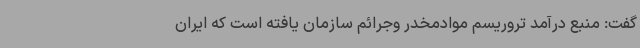
گفت: منبع درآمد تروریسم موادمخدر وجرائم سازمان یافته است که ایران